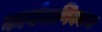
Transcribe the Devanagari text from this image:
कार्यमाणिक्कम